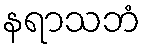
နရာသဘံ